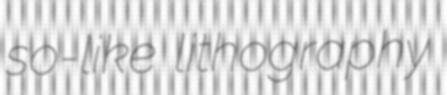
so-like lithography